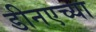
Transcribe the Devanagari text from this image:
डीनएच्या